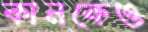
কানকেও